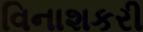
વિનાશકરી